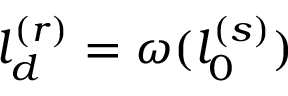
l _ { d } ^ { ( r ) } = \omega ( l _ { 0 } ^ { ( s ) } )